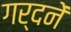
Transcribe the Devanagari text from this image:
गर्दनें